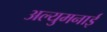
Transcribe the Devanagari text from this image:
अल्युमनाई